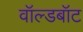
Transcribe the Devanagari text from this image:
वॉल्डबॉट